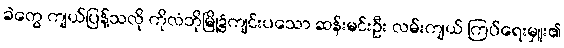
ခဲတွေ ကျယ်ပြန့်သလို ကိုလံဘိုမြို့၌ကျင်းပသော ဆန်းမင်းဦး လမ်းကျယ် ကြပ်ရေးမှူး၏